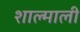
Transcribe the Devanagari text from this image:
शाल्माली